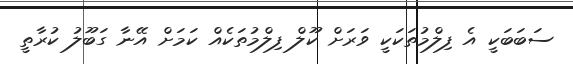
ސަބަބަކީ އެ ފިލްމުތަކަކީ ވަރަށް ކޫލް ފިލްމުތަކެއް ކަމަށް އޭނާ ގަބޫލު ކުރާތީ